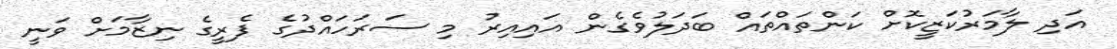
އަދި ލާމަރުކަޒީކޮށް ކަންތައްތައް ބަދަލުވެގެން އައިއިރު މި ސަރަހައްދުގެ ފެރީގެ ނިޒާމަށް ވަނީ